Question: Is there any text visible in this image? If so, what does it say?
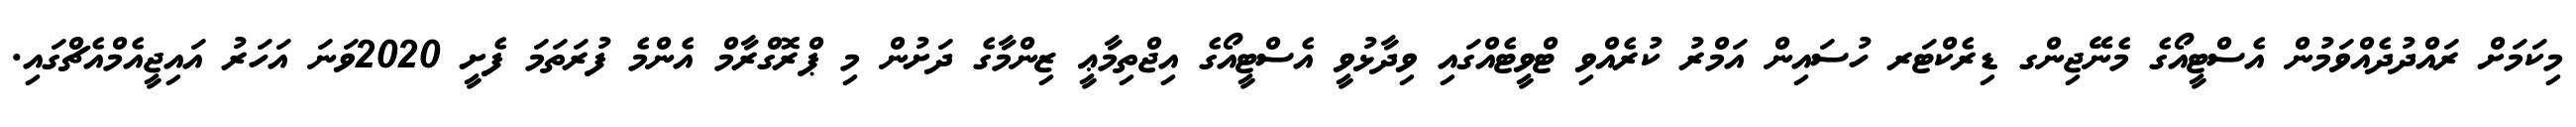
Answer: މިކަމަށް ރައްދުދެއްވަމުން އެސްޓީއޯގެ މެނޭޖިންގ ޑިރެކްޓަރ ހުސައިން އަމްރު ކުރެއްވި ޓްވީޓެއްގައި ވިދާޅުވީ އެސްޓީއޯގެ އިޖްތިމާޢީ ޒިންމާގެ ދަށުން މި ޕްރޮގްރާމް އެންމެ ފުރަތަމަ ފެށީ 2020ވަނަ އަހަރު އައިޖީއެމްއެޗްގައި.